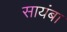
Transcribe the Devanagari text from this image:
सायंबा